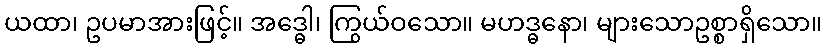
ယထာ၊ ဥပမာအားဖြင့်။ အဒ္ဓေါ၊ ကြွယ်ဝသော။ မဟဒ္ဓနော၊ များသောဥစ္စာရှိသော။